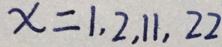
x = 1 , 2 , 1 1 , 2 2